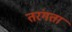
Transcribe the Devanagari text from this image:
तरंगता